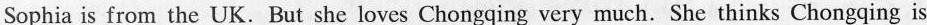
Sophia is from the UK.But she loves Chongqing very much. She thinks Chongqing is